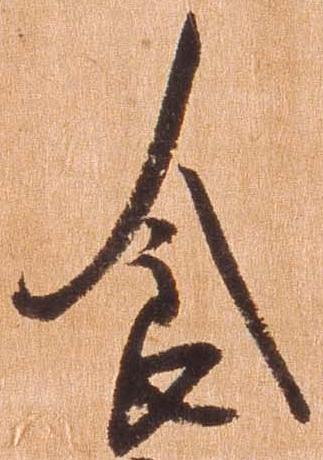
食